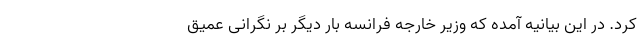
کرد. در این بیانیه آمده که وزیر خارجه فرانسه بار دیگر بر نگرانی عمیق